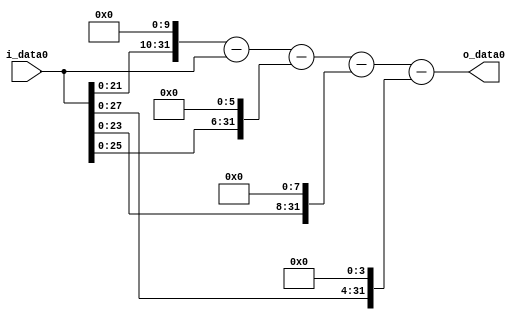
module multiplier_block (
    i_data0,
    o_data0
);

  // Port mode declarations:
  input   [31:0] i_data0;
  output  [31:0]
    o_data0;

  //Multipliers:

  wire [31:0]
    w1,
    w1024,
    w1023,
    w64,
    w959,
    w256,
    w703,
    w16,
    w687;

  assign w1 = i_data0;
  assign w1023 = w1024 - w1;
  assign w1024 = w1 << 10;
  assign w16 = w1 << 4;
  assign w256 = w1 << 8;
  assign w64 = w1 << 6;
  assign w687 = w703 - w16;
  assign w703 = w959 - w256;
  assign w959 = w1023 - w64;

  assign o_data0 = w687;

  //multiplier_block area estimate = 7491.05258920589;
endmodule